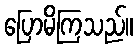
ပြောမိကြသည်။